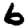
Digit: 6